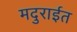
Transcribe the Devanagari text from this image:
मदुराईत